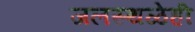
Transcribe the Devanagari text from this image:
जलस्थळेही